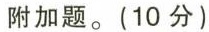
附加题。(10分)